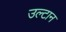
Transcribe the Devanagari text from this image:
उल्टान